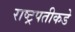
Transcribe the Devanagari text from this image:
राष्ट्रपतीकडे